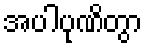
အပါပုဏိတွာ